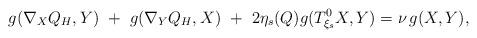
LaTeX: \begin{gather*}g(\nabla_XQ_H,Y)\ +\ g(\nabla_YQ_H,X)\ + \ 2\eta_s(Q)g(T^0_{\xi_s} X,Y)=\nu\, g(X,Y),\end{gather*}